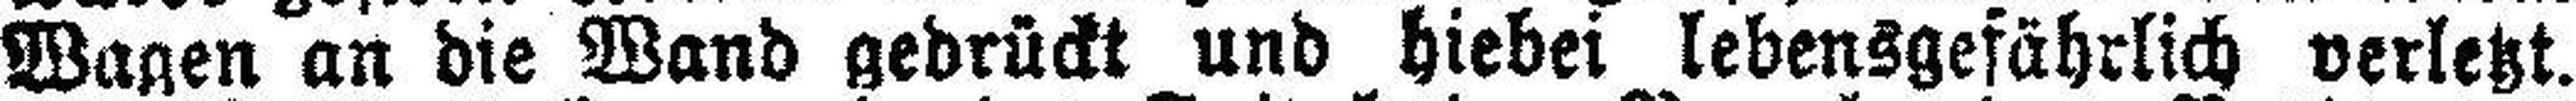
Wagen an die Wand gedrückt und hiebei lebensgefährlich verletzt.